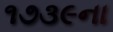
૧૭૩૯ના